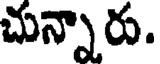
చున్నారు.